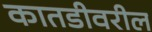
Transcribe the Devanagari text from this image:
कातडीवरील